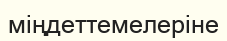
міңдеттемелеріне